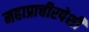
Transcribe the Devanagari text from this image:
महाप्राचीरपेशी